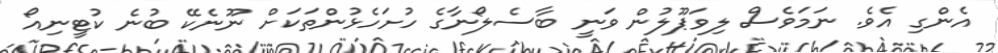
އެންގި އެވެ. ނަމަވެސް ލިވަޕޫލުން ވަނީ ބާސެލޯނާގެ ހުށަހެޅުންތަކަށް ނޫނެކޭ ބުނެ ކުޓީނިއޯ